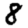
Digit: 8